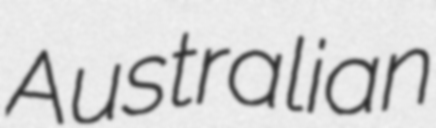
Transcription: Australian